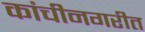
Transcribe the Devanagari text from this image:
कांचीनगरीत